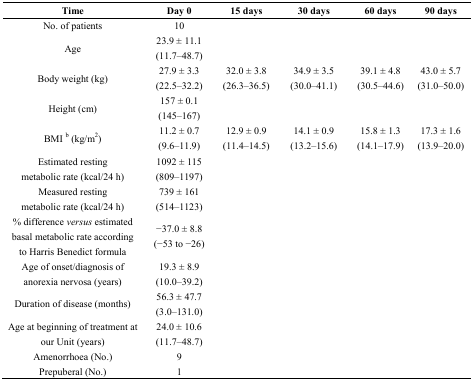
| Time | Day 0 | 15 days | 30 days | 60 days | 90 days |
 | --- | --- | --- | --- | --- | --- |
 | No. of patients | 10 |  |  |  |  |
 | Age | 23.9 ± 11.1 (11.7–48.7) |  |  |  |  |
 | Body weight (kg) | 27.9 ± 3.3 (22.5–32.2) | 32.0 ± 3.8 (26.3–36.5) | 34.9 ± 3.5 (30.0–41.1) | 39.1 ± 4.8 (30.5–44.6) | 43.0 ± 5.7 (31.0–50.0) |
 | Height (cm) | 157 ± 0.1 (145–167) |  |  |  |  |
 | BMI b (kg/m2) | 11.2 ± 0.7 (9.6–11.9) | 12.9 ± 0.9 (11.4–14.5) | 14.1 ± 0.9(13.2–15.6) | 15.8 ± 1.3 (14.1–17.9) | 17.3 ± 1.6 (13.9–20.0) |
 | Estimated resting metabolic rate (kcal/24 h) | 1092 ± 115 (809–1197) |  |  |  |  |
 | Measured resting metabolic rate (kcal/24 h) | 739 ± 161 (514–1123) |  |  |  |  |
 | % difference versus estimated basal metabolic rate according to Harris Benedict formula | −37.0 ± 8.8 (−53 to −26) |  |  |  |  |
 | Age of onset/diagnosis of anorexia nervosa (years) | 19.3 ± 8.9 (10.0–39.2) |  |  |  |  |
 | Duration of disease (months) | 56.3 ± 47.7 (3.0–131.0) |  |  |  |  |
 | Age at beginning of treatment at our Unit (years) | 24.0 ± 10.6 (11.7–48.7) |  |  |  |  |
 | Amenorrhoea (No.) | 9 |  |  |  |  |
 | Prepuberal (No.) | 1 |  |  |  |  |